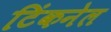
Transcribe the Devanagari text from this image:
टिंकनेल